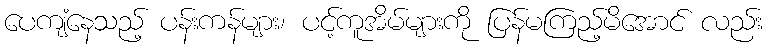
ပေကျံနေသည့် ပန်းကန်များ၊ ပင့်ကူအိမ်များကို ပြန်မကြည့်မိအောင် လည်း